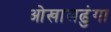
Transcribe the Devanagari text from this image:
ओखालढुंगा